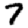
Digit: 7